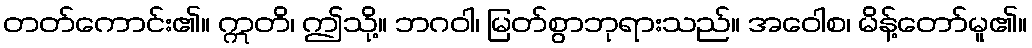
တတ်ကောင်း၏။ ဣတိ၊ ဤသို့။ ဘဂဝါ၊ မြတ်စွာဘုရားသည်။ အဝေါစ၊ မိန့်တော်မူ၏။